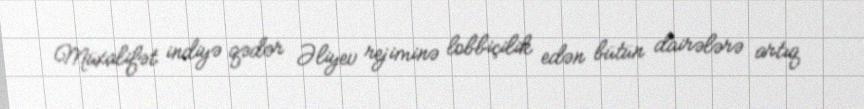
Müxalifət indiyə qədər Əliyev rejiminə lobbiçilik edən bütün dairələrə artıq